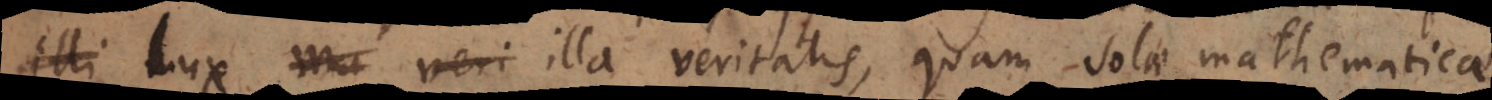
illi lux illa veritatis, quam solae mathematicae